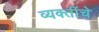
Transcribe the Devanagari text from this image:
व्‍यक्‍तींचे